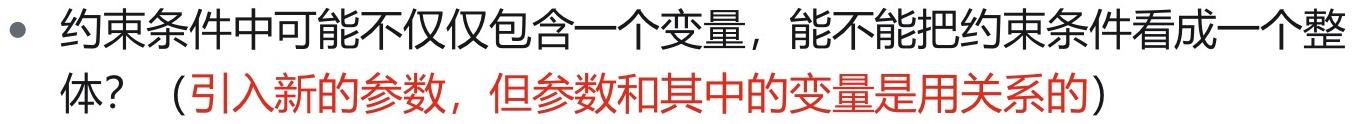
- 约束条件中可能不仅仅包含一个变量，能不能把约束条件看成一个整体？（引入新的参数，但参数和其中的变量是用关系的）